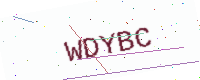
Text: WDYBC